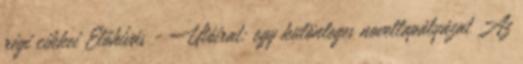
régi cikkei Előhívás - Utóirat: egy különleges novellapályázat Az